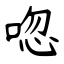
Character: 唿